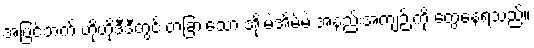
အပြင်ဘက် ဟိုဟိုဒီဒီတွင် တခြားသော အိုးမဲ့အိမ်မဲ့ အနည်းအကျဉ်းကို တွေ့နေရသည်။